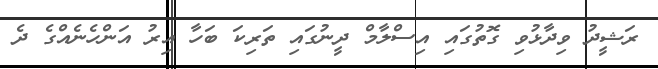
ރަޝީދު ވިދާޅުވި ގޮތުގައި އިސްލާމް ދީނުގައި ތަރިކަ ބަހާ އިރު އަންހެނެއްގެ ދެ